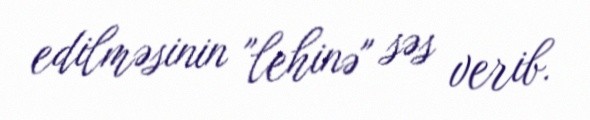
edilməsinin "lehinə" səs verib.